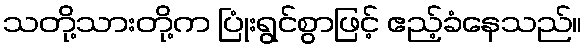
သတို့သားတို့က ပြုံးရွင်စွာဖြင့် ဧည့်ခံနေသည်။